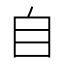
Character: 自